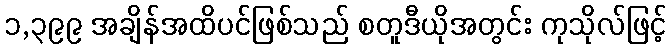
၁,၃၉၉ အချိန်အထိပင်ဖြစ်သည် စတူဒီယိုအတွင်း ကုသိုလ်ဖြင့်